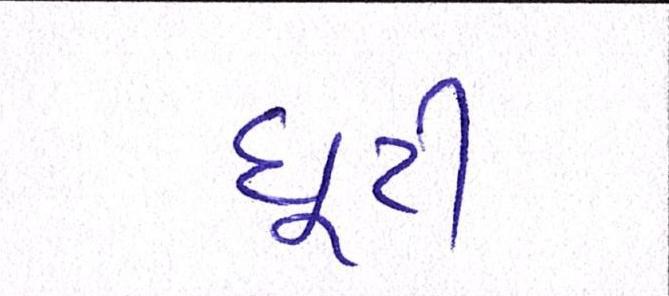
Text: છૂટી